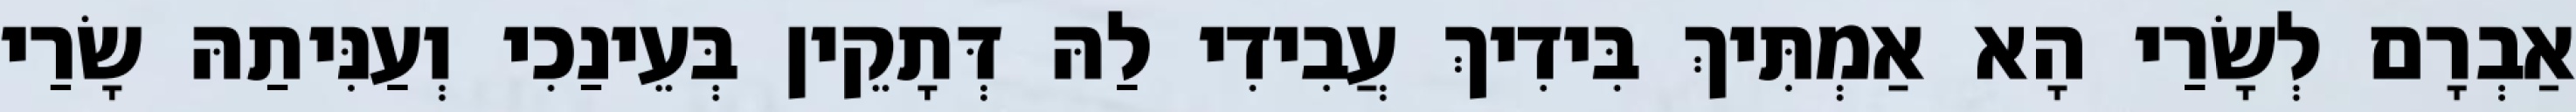
אַבְרָם לְשָׂרַי הָא אַמְתִּיךְ בִּידִיךְ עֲבִידִי לַהּ דְּתָקֵין בְּעֵינַכִי וְעַנִּיתַהּ שָׂרַי